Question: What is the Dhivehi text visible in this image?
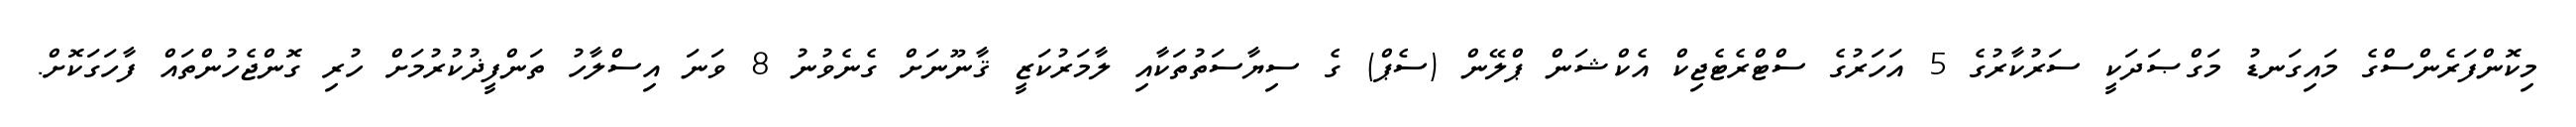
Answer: މިކޮންފަރެންސްގެ މައިގަނޑު މަގްޞަދަކީ ސަރުކާރުގެ 5 އަހަރުގެ ސްޓްރެޓެޖިކް އެކްޝަން ޕްލޭން (ސެޕް) ގެ ސިޔާސަތުތަކާއި ލާމަރުކަޒީ ޤާނޫނަށް ގެނެވުނު 8 ވަނަ އިސްލާހު ތަންފީޛުކުރުމަށް ހުރި ގޮންޖެހުންތައް ފާހަގަކޮށް.